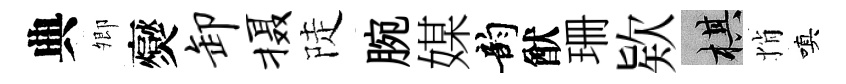
典𡖖爕卸摄陡腕媒韵猷珊欵棋悄嗔